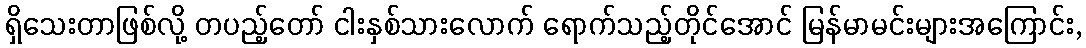
ရှိသေးတာဖြစ်လို့ တပည့်တော် ငါးနှစ်သားလောက် ရောက်သည့်တိုင်အောင် မြန်မာမင်းများအကြောင်း,